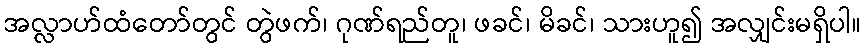
အလ္လာဟ်ထံတော်တွင် တွဲဖက်၊ ဂုဏ်ရည်တူ၊ ဖခင်၊ မိခင်၊ သားဟူ၍ အလျှင်းမရှိပါ။